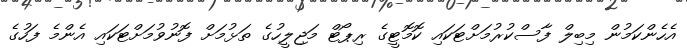
އެހެންކަމުން މިބިލް ފާސްކުރުމަށްޓަކައި ކޮމޮޓީގެ ރިޕޯޓް މަޖިލީހުގެ ތަޅުމަށް ފޮނުވުމަށްޓަކައި އެންމެ ފަހުގެ